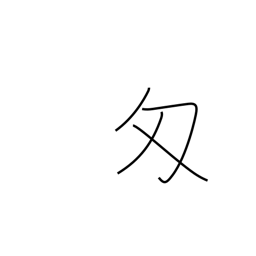
Meaning: monme